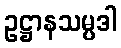
ဥဋ္ဌာနသမ္ပဒါ